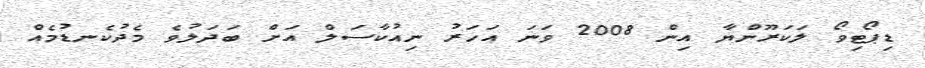
ޑިޕޯޓިވޯ ލަކަރޫންޔާ އިން 2008 ވަނަ އަހަރު ނިއުކާސަަލް އަށް ބަދަލުވެ މެދުކެނޑުމެއް